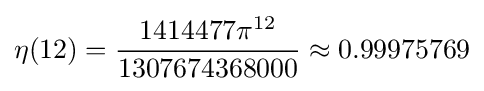
\eta (12)={{1414477\pi ^{12}} \over {1307674368000}}\approx 0.99975769